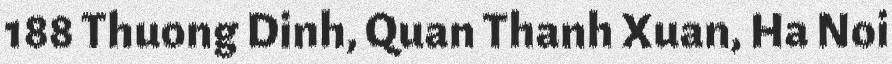
188 Thuong Dinh, Quan Thanh Xuan, Ha Noi